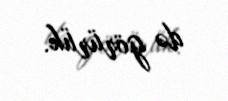
də görürük.